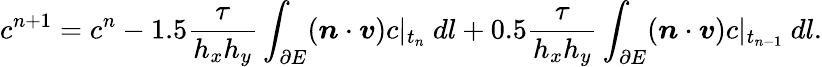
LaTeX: c^{n+1}=c^{n}-1.5\frac{\tau}{h_{x}h_{y}}\int_{\partial E}(\boldsymbol{n}\cdot\boldsymbol{v})c|_{t_{n}}\ dl+0.5\frac{\tau}{h_{x}h_{y}}\int_{\partial E}(\boldsymbol{n}\cdot\boldsymbol{v})c|_{t_{n-1}}\ dl.